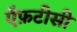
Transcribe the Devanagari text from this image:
ऍफ़टीसी